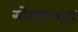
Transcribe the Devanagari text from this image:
गोंदवण्यात